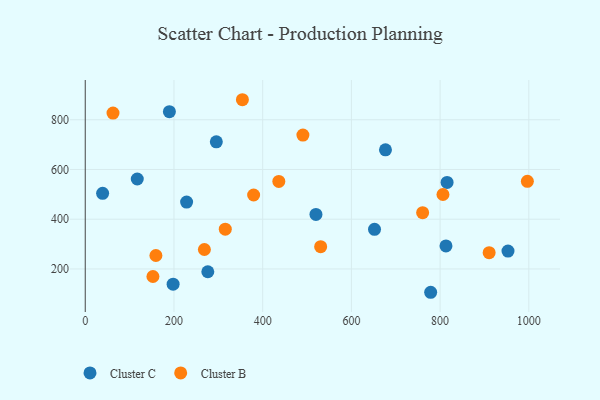
{"axis": {"x": "Investment", "y": "Salary"}, "legend": ["Cluster B", "Cluster C"], "data": [{"x": "198.1", "y": 138.7, "type": "Cluster C"}, {"x": "953.0", "y": 271.9, "type": "Cluster C"}, {"x": "276.3", "y": 188.8, "type": "Cluster C"}, {"x": "676.8", "y": 679.1, "type": "Cluster C"}, {"x": "228.5", "y": 469.1, "type": "Cluster C"}, {"x": "189.7", "y": 832.5, "type": "Cluster C"}, {"x": "39.2", "y": 504.1, "type": "Cluster C"}, {"x": "815.7", "y": 548.1, "type": "Cluster C"}, {"x": "652.1", "y": 359.4, "type": "Cluster C"}, {"x": "778.7", "y": 106.2, "type": "Cluster C"}, {"x": "520.1", "y": 419.3, "type": "Cluster C"}, {"x": "295.5", "y": 711.4, "type": "Cluster C"}, {"x": "117.3", "y": 561.8, "type": "Cluster C"}, {"x": "813.2", "y": 292.6, "type": "Cluster C"}, {"x": "910.5", "y": 265.6, "type": "Cluster B"}, {"x": "159.3", "y": 254.1, "type": "Cluster B"}, {"x": "152.6", "y": 169.6, "type": "Cluster B"}, {"x": "436.4", "y": 551.9, "type": "Cluster B"}, {"x": "379.6", "y": 497.3, "type": "Cluster B"}, {"x": "996.7", "y": 552.2, "type": "Cluster B"}, {"x": "315.7", "y": 359.9, "type": "Cluster B"}, {"x": "530.7", "y": 289.4, "type": "Cluster B"}, {"x": "490.7", "y": 738.4, "type": "Cluster B"}, {"x": "760.6", "y": 426.3, "type": "Cluster B"}, {"x": "62.6", "y": 826.9, "type": "Cluster B"}, {"x": "354.3", "y": 880.5, "type": "Cluster B"}, {"x": "268.6", "y": 278.2, "type": "Cluster B"}, {"x": "806.4", "y": 499.4, "type": "Cluster B"}]}